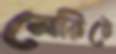
মেরিটে